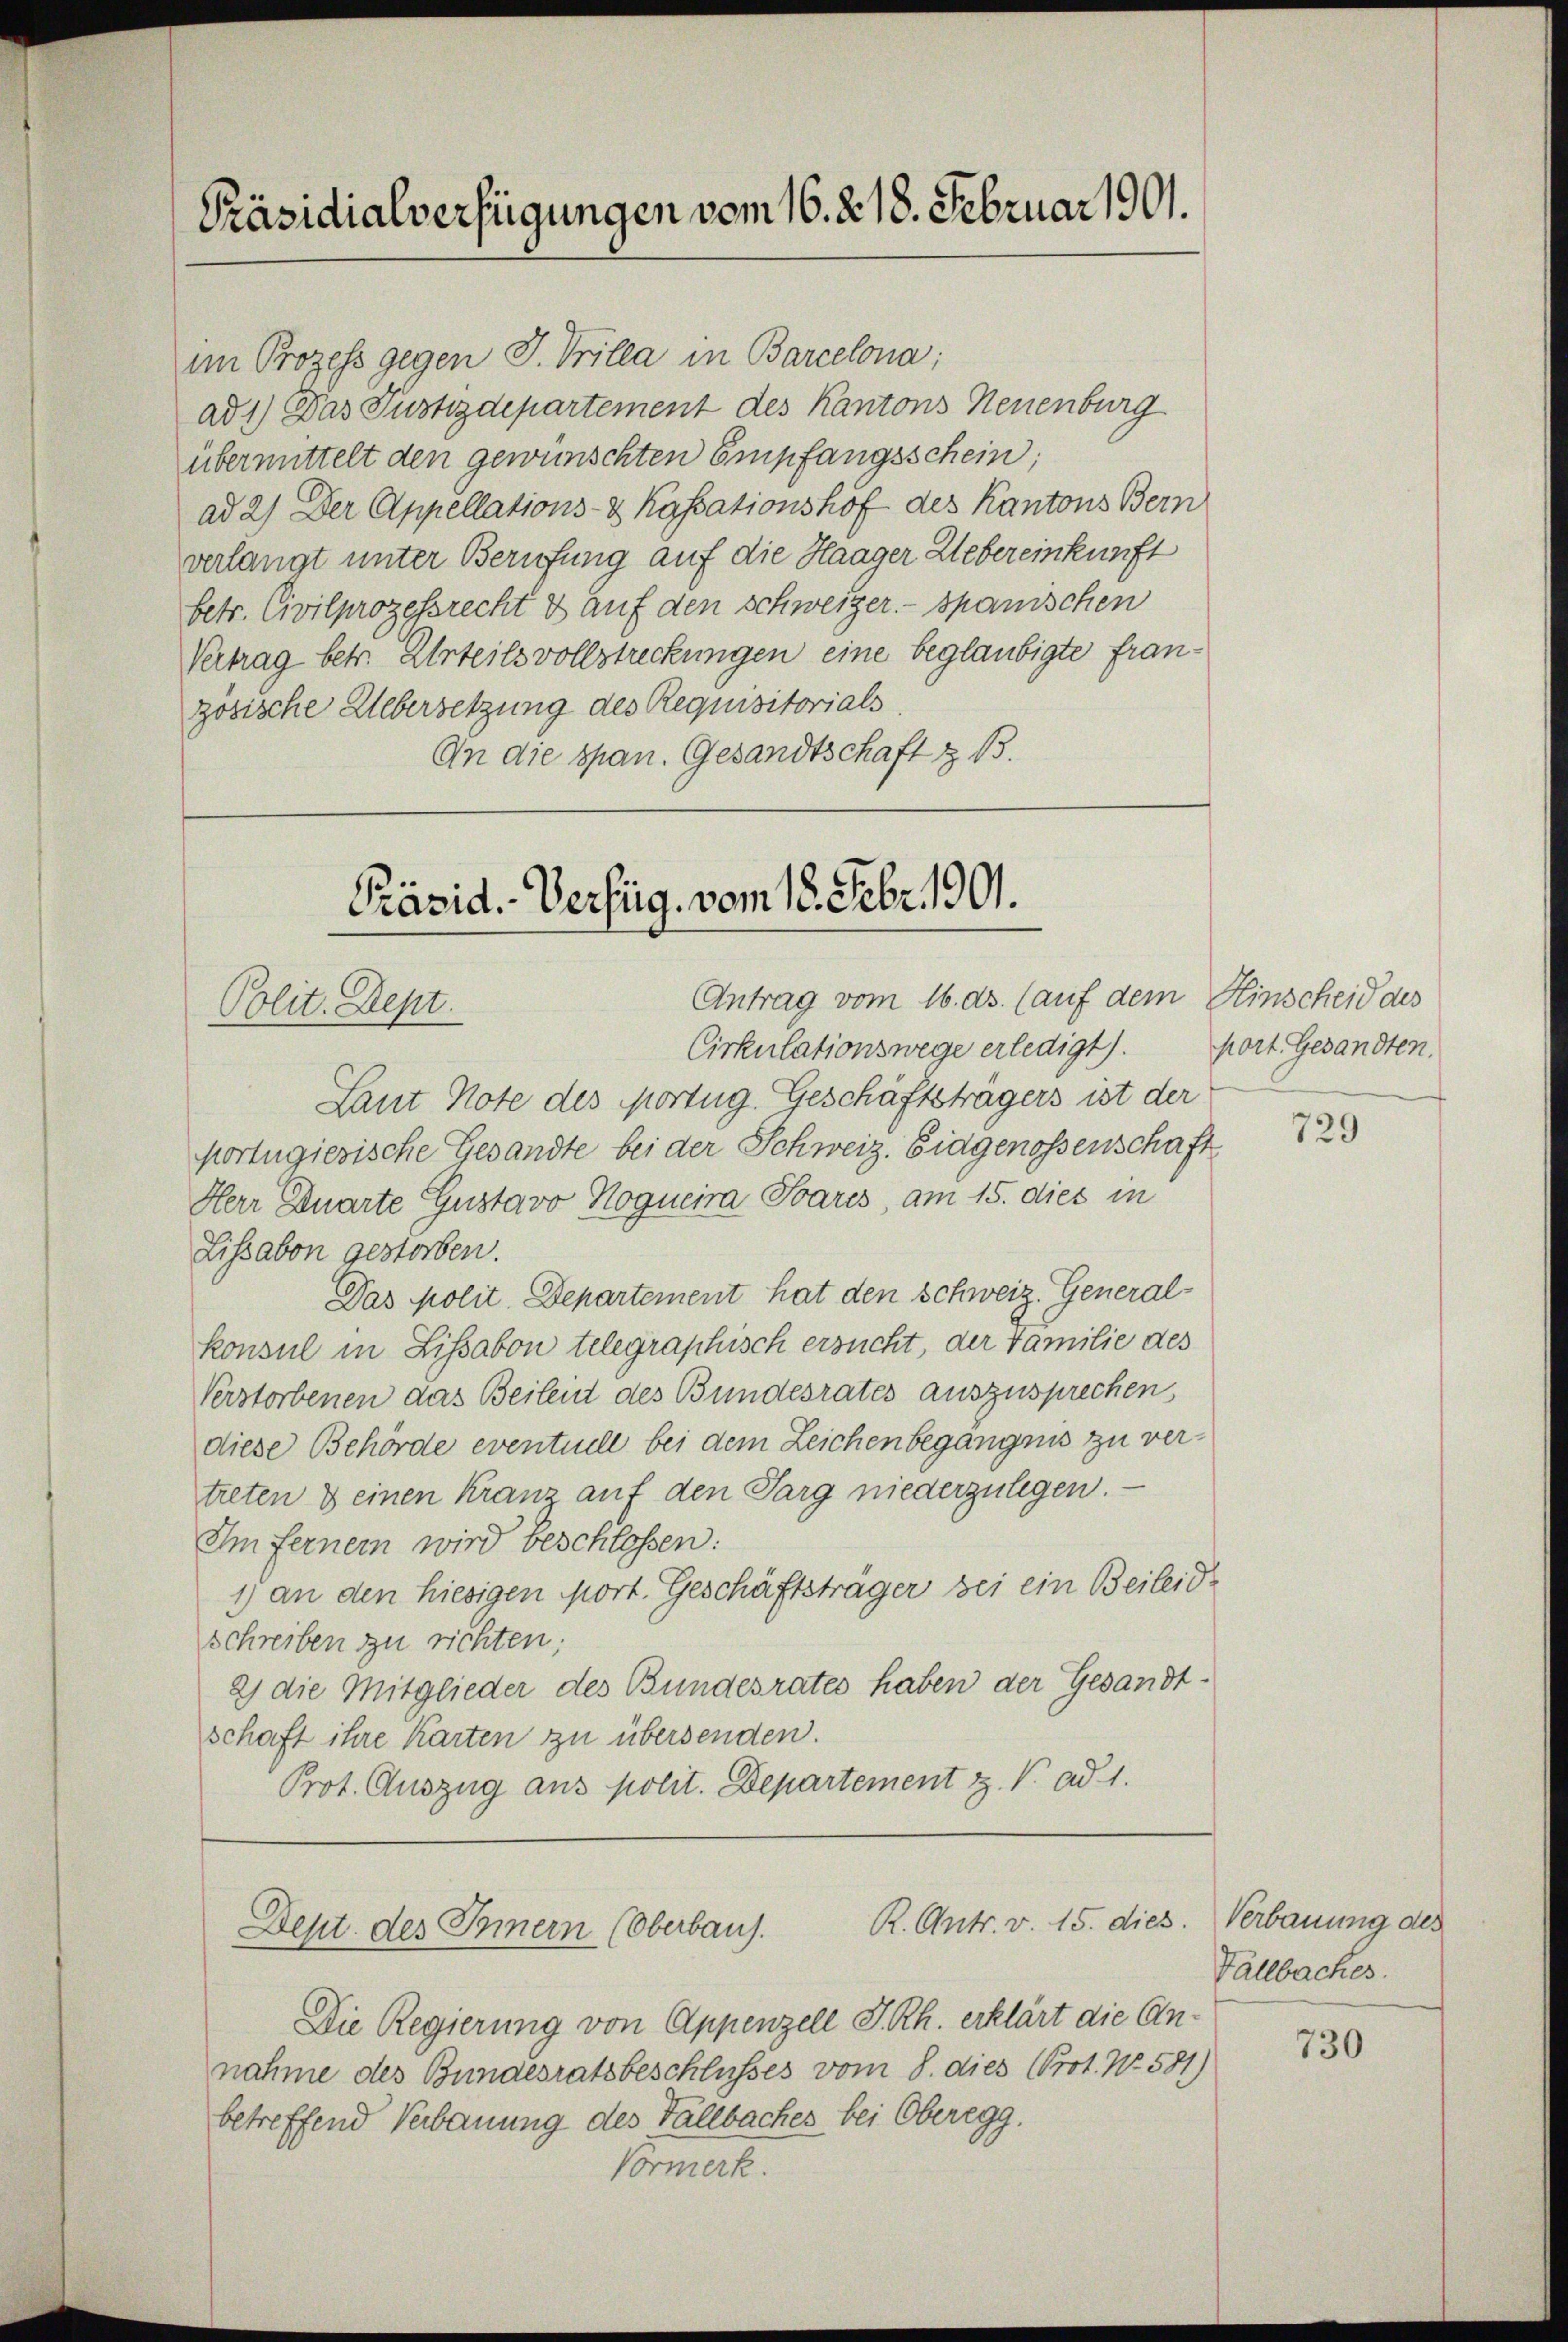
Präsidialverfügungen vom 16. d. 18. Februar 1901.

im Prozess gegen J. Vrilla in Barcelona;
ad 1) Das Justizdepartement des Kantons Neuenburg
übermittelt den gewünschten Empfangsschein;
ad 2) Der Appellations- & Kassationshof des Kantons Bern
verlangt unter Berufung auf die Haager Uebereinkunft
betr. Civilprozessrecht & auf den schweizer. - Spanischen
Vertrag betr. Urteils vollstreckungen eine beglaubigte franzosische Uebersetzung des Requisitorials.
An die span. Gesandtschaft z. B.
Präsid. Verzug. vom 18. Febr. 1901.

Antrag vom 16. ds. (auf dem Hinscheid des
Polit. Dept.
Cirkulationswege erledigt).

Laut Note des Mortug. Geschäftsträgers ist der
kortugierische Gesandte bei der Schweiz. Eidgenossenschaft
Herr Quarte Gustavo Hogueira Bares, am 15. dies in
Lissabon gestorben.
Das Molit. Departement hat den Schweiz. Generalkonsul in Lissabon telegraphisch ersucht, der Familie des
Verstorbenen das Beilen des Bundesrates auszusprechen
diese Behörde eventuell bei dem Zeichen begängnis zu vertreten & einen Kranz auf den Sarg niederzulegen.
Im fernem wird beschlossen:
1) an den hiesigen mort. Geschäftsträger bei ein Beileide
schreiben zu richten;
2) die Mitglieder des Bundesrates haben der Gesandtschaft ihre Karten zu übersenden.
Prot. Auszug aus polit. Departement z. V. ad 1.

R. Antr. v. 15. dies. Verbauung des
Dept. des Innern (Oberbaus.

Die Regierung von Appenzell I.Rh. erklärt die Annahme des Bundesratsbeschlusses vom 8. dies (Prot. No. 581)
betreffend Verbauung des Fallbaches bei Oberegg.
Vormerk.

port. Gesandten.

729

Fallbaches.

730